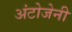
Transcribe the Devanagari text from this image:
अंटोजेनी